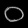
Digit: ၀